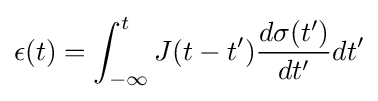
\epsilon (t)=\int _{-\infty }^{t}J(t-t'){\frac {d\sigma (t')}{dt'}}dt'